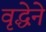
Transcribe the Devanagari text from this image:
वृद्धेने